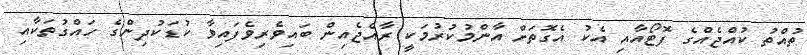
ތުއްތު ކުއްޖެއްގެ ފޮޓޯއާއި އެކު އެގޮތަށް އާންމުކުރުމަކީ ރާއްޖެއިން ބައިވެރިވެފައިވާ ކުޑަކުދިންގެ ހައްގުތަކާއި